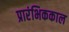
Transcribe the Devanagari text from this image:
प्रारंभिककाल